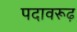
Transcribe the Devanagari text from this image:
पदावरूढ़